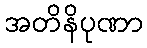
အတိနိပုဏာ